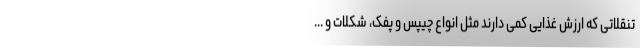
تنقلاتی که ارزش غذایی کمی دارند مثل انواع چیپس و پفک، شکلات و ...